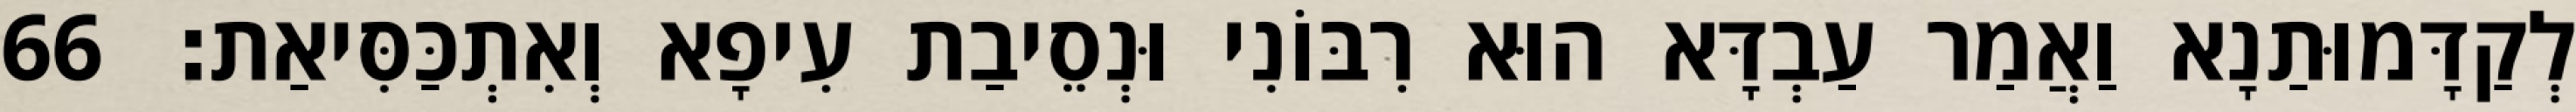
לְקַדָּמוּתַנָא וַאֲמַר עַבְדָּא הוּא רִבּוֹנִי וּנְסֵיבַת עִיפָא וְאִתְכַּסִּיאַת׃ 66